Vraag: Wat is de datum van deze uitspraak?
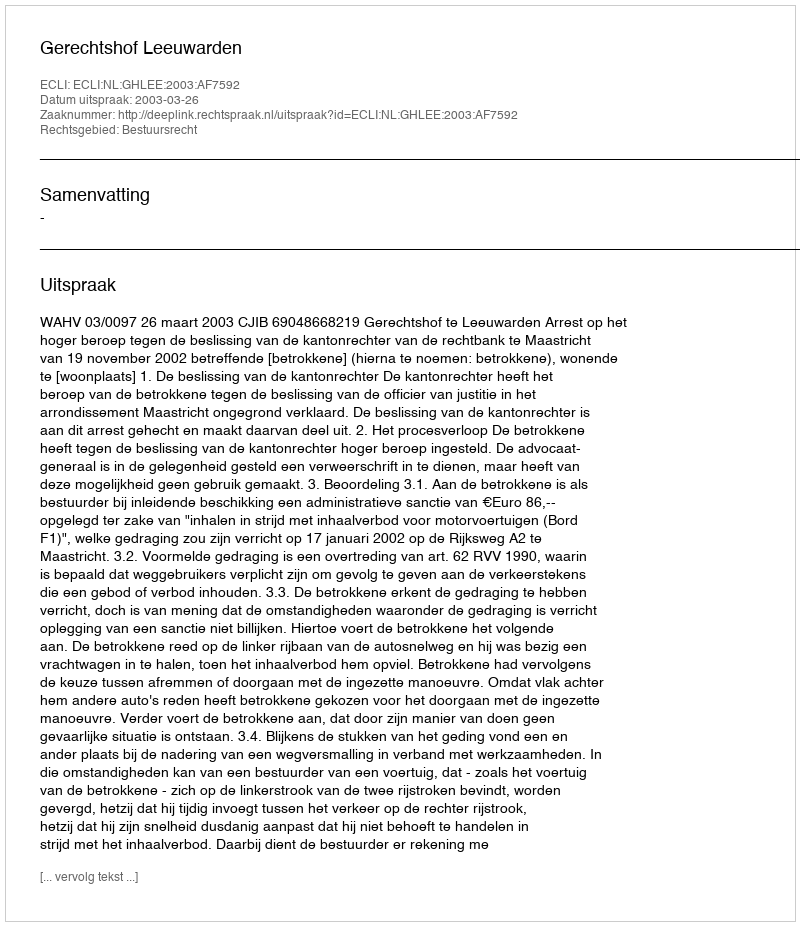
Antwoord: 2003-03-26